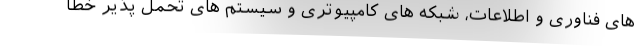
های فناوری و اطلاعات، شبکه های کامپیوتری و سیستم های تحمل پذیر خطا